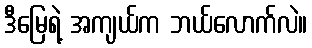
ဒီမြေရဲ့ အကျယ်က ဘယ်လောက်လဲ။